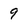
Character: 9